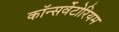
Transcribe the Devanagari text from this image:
कॉन्सर्वेटोरियम